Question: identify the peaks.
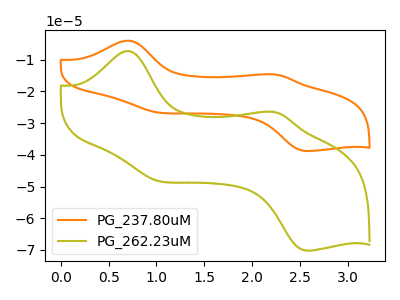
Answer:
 <answer>The orange curve "PG_237.80uM" has anodic peaks at (0.70V, -4.00uA) (2.20V, -14.60uA) and cathodic peaks at (1.00V, -26.45uA) (2.60V, -38.75uA). The olive curve "PG_262.23uM" has anodic peaks at (0.70V, -7.25uA) (2.20V, -26.40uA) and cathodic peaks at (1.00V, -47.90uA) (2.60V, -70.15uA).</answer>
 <eval></eval>